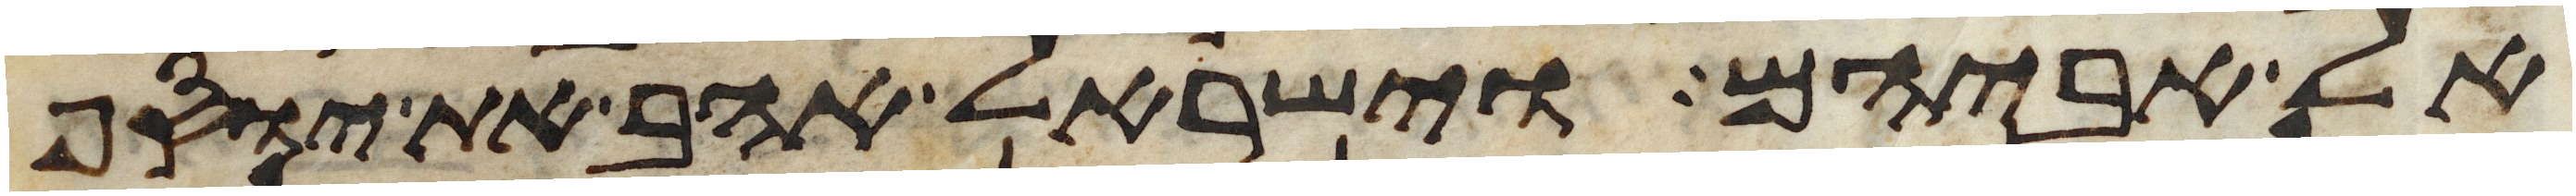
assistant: אל אביהם וישראל אהב את יוסף